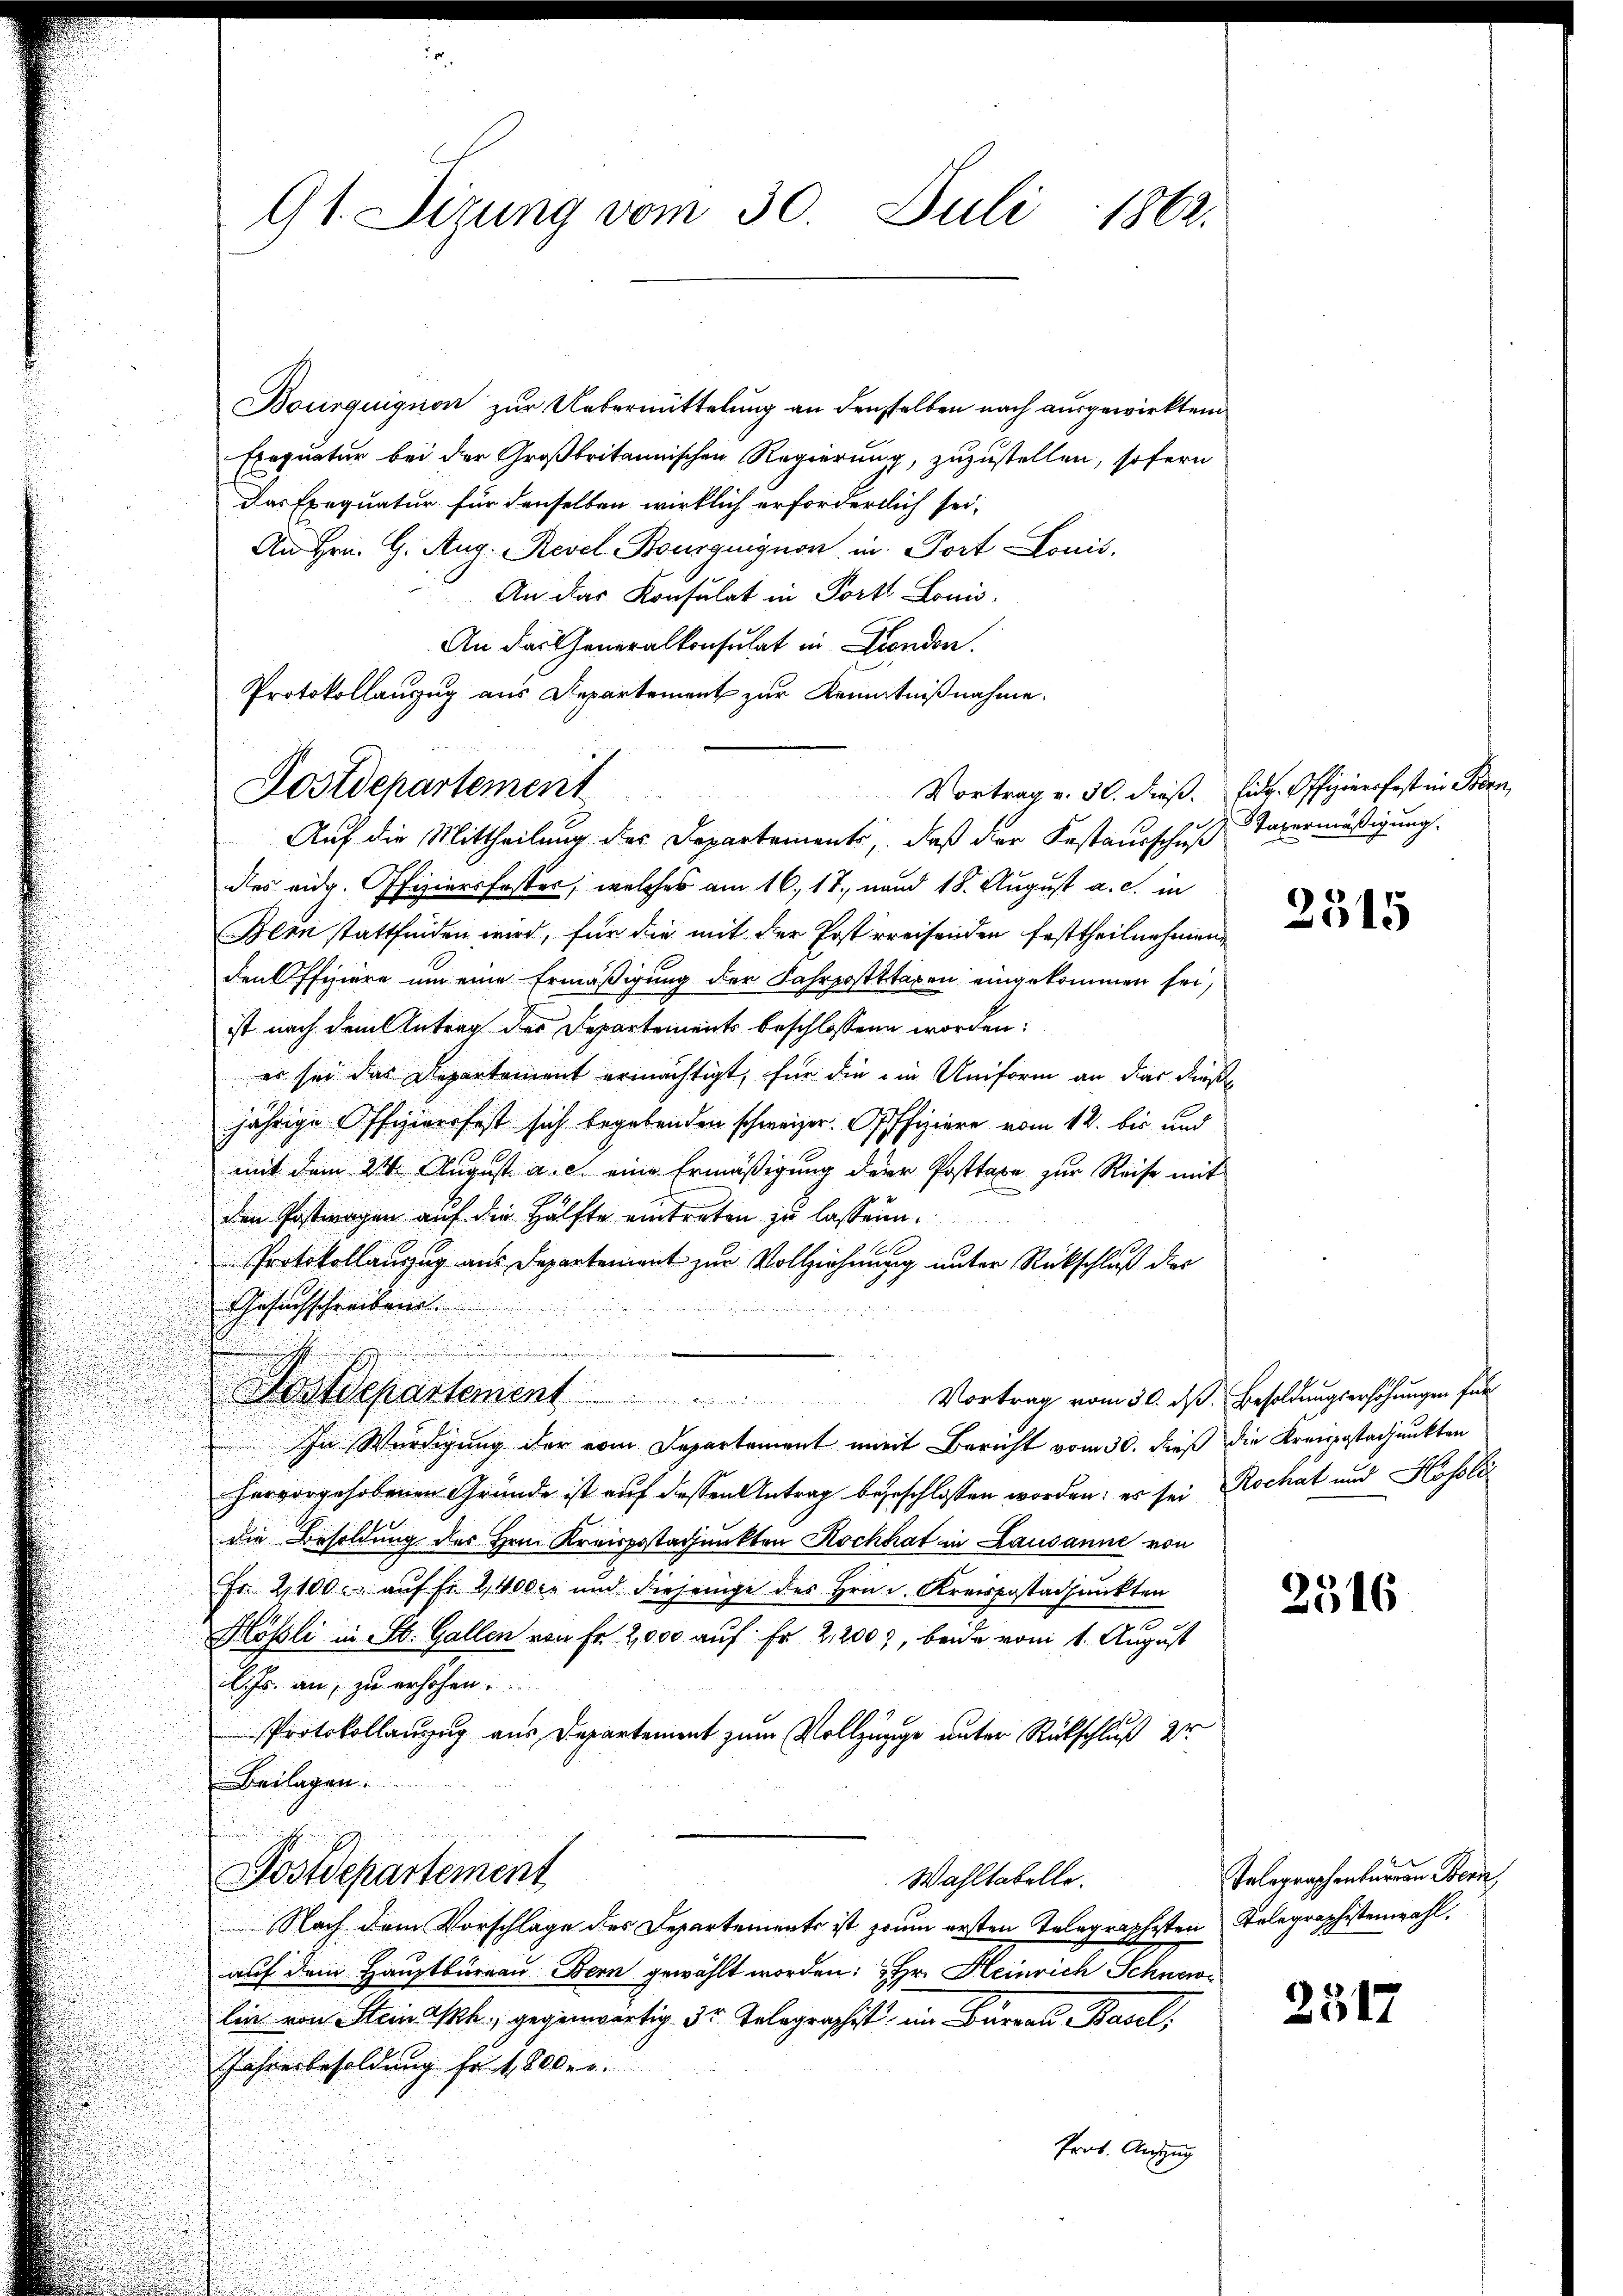
G1. Sizung vom 30. Juli 1862.

Bousquignon zur Uebermittelung an denselben nach ausgewirkten
Exequatur bei der Großbritannischen Regierung, zuzustellen, sofern
Das Exequatur für denselben wirklich erforderlich sei,
An Hrn. G. Aug. Revel Bourguignon in ort Louis
An das Konsulat in Porte Louis
An das Generalkonsulat in London.
Protokollanzug aus Departement zur Kenntnißnahme.
Auf die Mittheilung des Departements, daß der Festausschuß Tavermäßigung.
des eidg. Offiziersfester, welches am 16. 17. und 18. August a. c. in
Bern stattfinden wird, für die mit der Post erreisenden Festtheilnehmen
den Offiziere um eine Ermäßigung der Fahrposttaxen eingekommen sei,
ist nach dem Antrag des Departements beschlossenen worden:
es sei das Departement ermächtigt, für die in Uniform an der dieße
jährige Offiziersfest sich begebenden schweizer. Offiziere vom 12. bis und
mit dem 24 August. a. c. eine Ermäßigung der Posttaxe zur Reise mit
den Postwagen auf die Hälfte eintreten zu lassen.
Protokollanzug aus Departement zur Vollziehungg unter Rückschluß des
Gesuchschreiben.
Postdepartement  ..  ..  Vortrag vom 30. ds. Besoldungserhöhungen für
In Würdigung iher vom Separtement mit Bericht vom 30. dieß die Kreispastadjunkten
hervorgehobenen Gründe ist auf dessen Antrag begeschlossen worden: es sei Rochat und Hessli
die Besoldung des Hrn. Kreispostadjunkten Kochhat in Lausanne von
Fr. 2100. auf Fr. 2,400er und diejenige des Hrn. d. Kreispostadjunkten
e
Hlösli in St. Gallen von Fr. 2,000 auf Fr. 2,200, beide vom 1. August
l. Js. an, zu erhöhen.
Protokollanzug aus Departement zum Vollzügige unter Rückschluß dr
Beilagen.
Postdepartement
Wahltabelle.
Nach dem Vorschlage des Departements ist zeum ersten Telegraphisten Telegraphistenwahl.
auf dem Hauptbureau Bern gewählt worden: Hr. Heinrich Schnewi
lin von Steinasch gegenwärtig. 33. Telegraphist ein Barrau Basel
Jahresbesoldung hat. Oder.
Prof. Auszug

Dostdepartement

Vortrag v. 30. dieß. Eidg. Offiziersfest in Boden,

2315

2516

Telegraphenbaren Bern

2517